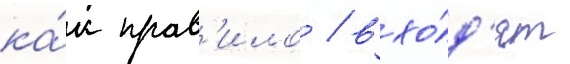
ка́к прав'ило / вхо́д'ят